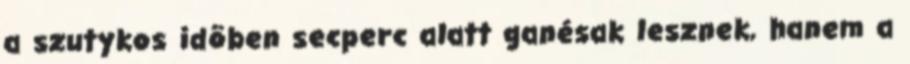
a szutykos idõben secperc alatt ganésak lesznek, hanem a